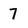
Character: 7